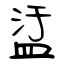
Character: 盓